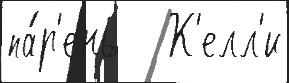
па́р'ень   К'елл'и